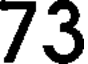
73